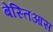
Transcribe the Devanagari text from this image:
बेस्तिआस